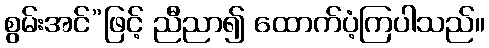
စွမ်းအင်”ဖြင့် ညီညာ၍ ထောက်ပံ့ကြပါသည်။